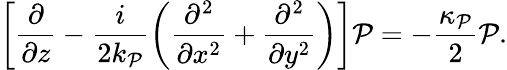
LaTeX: \left[\frac{\partial}{\partial z}-\frac{i}{2k_{\mathcal{P}}}\left(\frac{\partial^{2}}{\partial x^{2}}+\frac{\partial^{2}}{\partial y^{2}}\right)\right]\mathcal{P}=-\frac{\kappa_{\mathcal{P}}}{2}\mathcal{P}.